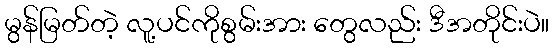
မွန်မြတ်တဲ့ လူ့ပင်ကိုစွမ်းအား တွေလည်း ဒီအတိုင်းပဲ။